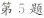
第5题